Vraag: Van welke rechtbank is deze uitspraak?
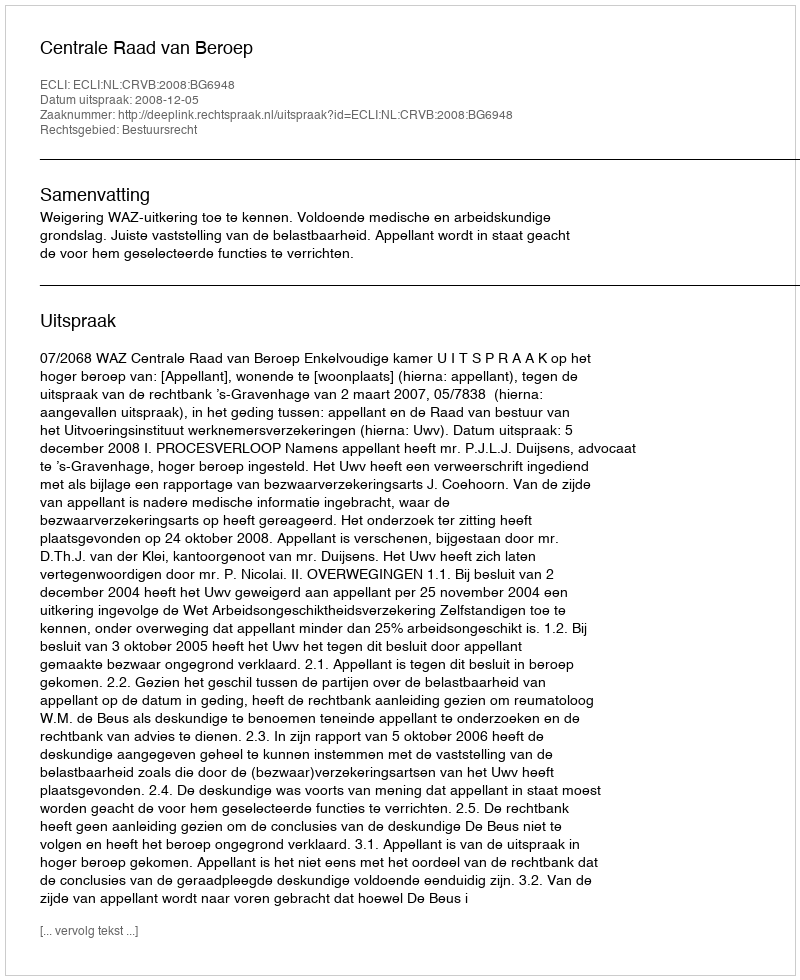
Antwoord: Centrale Raad van Beroep